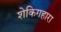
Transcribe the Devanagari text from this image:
शेकिगहारा